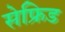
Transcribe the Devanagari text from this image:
सेफ्रिड